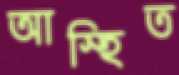
আস্হিত